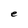
Character: e